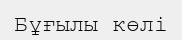
Бұғылы көлі